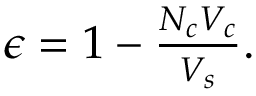
\begin{array} { r } { \epsilon = 1 - \frac { N _ { c } V _ { c } } { V _ { s } } . } \end{array}